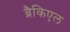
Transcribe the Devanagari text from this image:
ब्रैकिएल